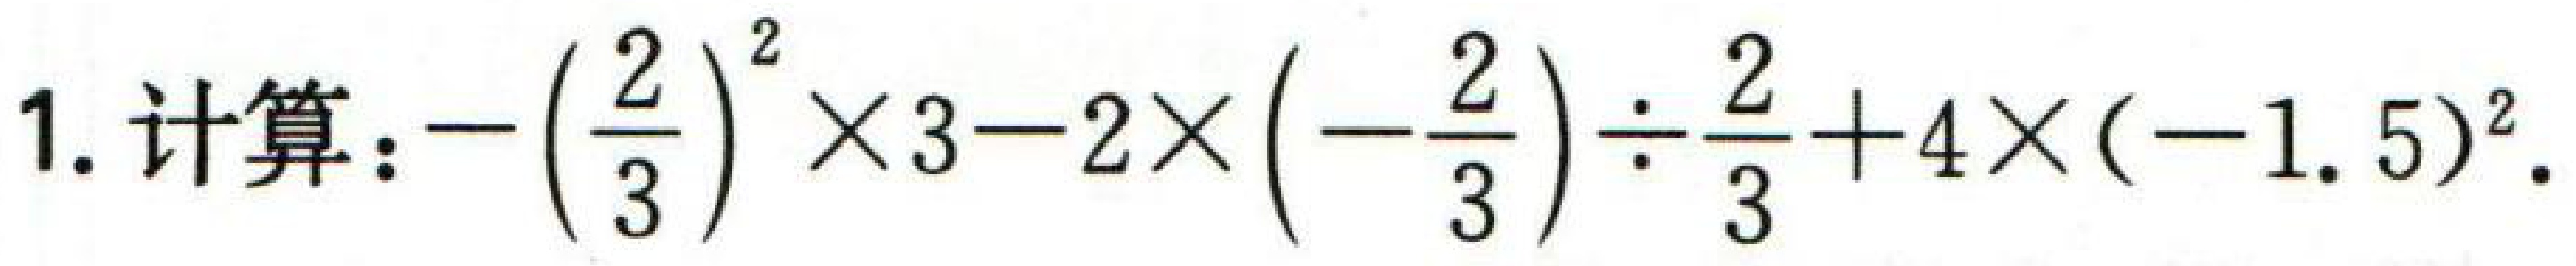
$1.\ 计算：-\left(\dfrac{2}{3}\right)^{2}\times3 - 2\times\left(-\dfrac{2}{3}\right)\div\dfrac{2}{3}+4\times(-1.5)^{2}.$